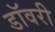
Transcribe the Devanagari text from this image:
डॉवरी